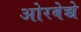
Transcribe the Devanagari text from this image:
ओरबेच्चे